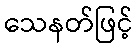
သေနတ်ဖြင့်